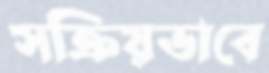
সক্রিয়ভাবে